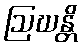
ဩဃန္တိ